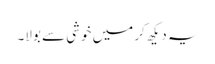
یہ دیکھ کر میں خوشی سے بولا۔